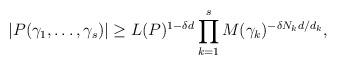
LaTeX: \begin{align*}|P(\gamma_1,\dots,\gamma_s)| \geq L(P)^{1-\delta d} \prod_{k=1}^s M(\gamma_k)^{-\delta N_k d/d_k},\end{align*}